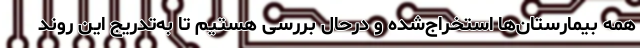
همه بیمارستان‌ها استخراج‌شده و درحال بررسی هستیم تا به‌تدریج این روند